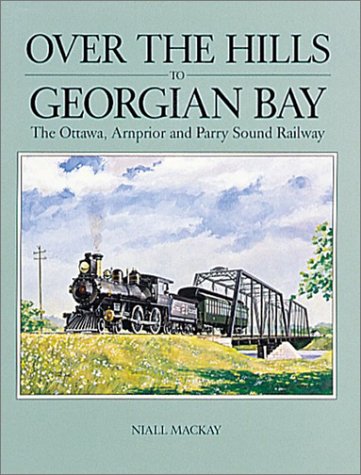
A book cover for Over the Hills to Georgian Bay: The Ottawa, Arnprior and Parry Sound Railway; Niall MacKay; Travel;